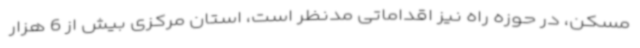
مسکن، در حوزه راه نیز اقداماتی مدنظر است، استان مرکزی بیش از 6 هزار